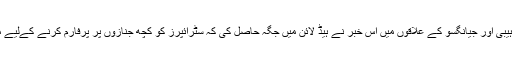
2015 میں ہیبی اور جیانگسو کے علاقوں میں اس خبر نے ہیڈ لائن میں جگہ حاصل کی کہ سٹرائپرز کو کچھ جنازوں پر پرفارم کرنے کےلیے مدعو کیا گیا۔